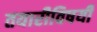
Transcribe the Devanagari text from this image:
तयारीविषयी